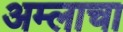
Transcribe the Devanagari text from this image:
अम्‍लाचा